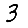
Digit: 3